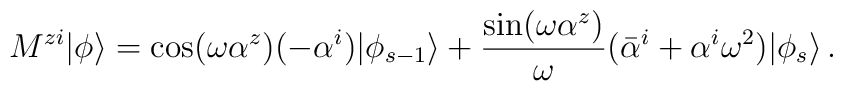
M^{zi}|\phi\rangle=\cos(\omega \alpha^z)(-\alpha^i)|\phi_{s-1}\rangle+\frac{\sin (\omega \alpha^z)}{\omega}(\bar{\alpha}^i+\alpha^i\omega^2)|\phi_s\rangle\,.